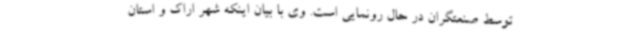
توسط صنعتگران در حال رونمایی است. وی با بیان اینکه شهر اراک و استان